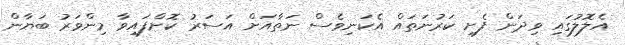
އެލޮލުގައި ވިދަން ފެށި ކަރުނަތައް އެކަނިވެސް ނަތާއަށް އަސަރު ކޮށްފައިވާ މިންވަރު ބަޔާން